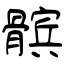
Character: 髌